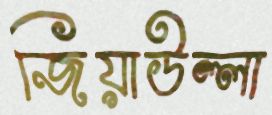
জিয়াউল্লা